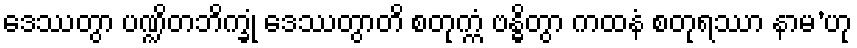
ဒေဿတွာ ပဏ္ဍိတဘိက္ခုံ ဒေဿတွာတိ စတုက္ကံ ဗန္ဓိတွာ ကထနံ စတုရဿာ နာမ’ဟု